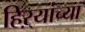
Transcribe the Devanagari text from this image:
हिऱ्यांच्या